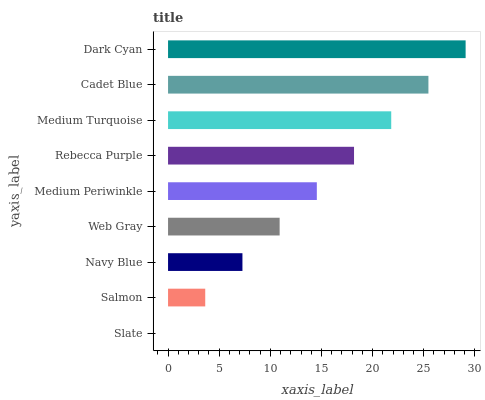
| yaxis_label | bars |
 | --- | --- |
 | Slate | 0 |
 | Salmon | 3.64 |
 | Navy Blue | 7.27 |
 | Web Gray | 10.9 |
 | Medium Periwinkle | 14.5 |
 | Rebecca Purple | 18.2 |
 | Medium Turquoise | 21.8 |
 | Cadet Blue | 25.5 |
 | Dark Cyan | 29.1 |